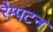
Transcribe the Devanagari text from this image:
रैम्पटन